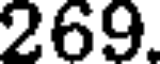
269.